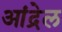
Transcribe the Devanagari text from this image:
आंद्रेल